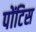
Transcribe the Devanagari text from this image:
पोंटिस